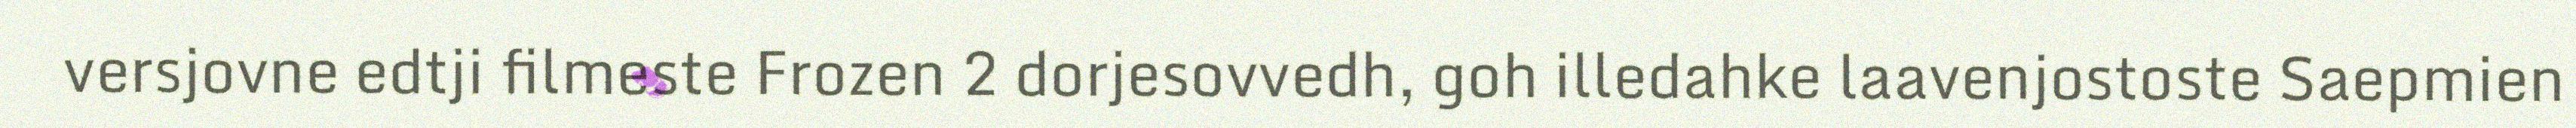
versjovne edtji filmeste Frozen 2 dorjesovvedh, goh illedahke laavenjostoste Saepmien